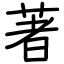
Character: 著